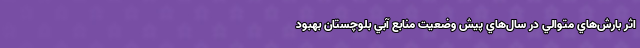
اثر بارش‌هاي متوالي در سال‌هاي پيش وضعيت منابع آبي بلوچستان بهبود